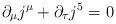
LaTeX: \begin{align*}\partial_{\mu}j^{\mu}+\partial_{\tau}j^{5}=0\end{align*}